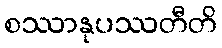
စဿာနုပဿတီတိ